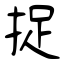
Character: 捉